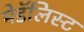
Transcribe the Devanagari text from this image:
मेडॅलिस्ट